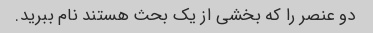
دو عنصر را که بخشی از یک بحث هستند نام ببرید.